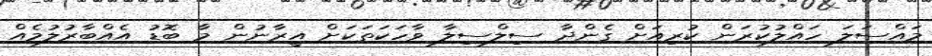
މައްސަލަ ހައްލުކުރަން ކުރިއަށް ގެންދާ ސިލްސިލާ ވާހަކަތަކަށް އީރާނުން މާ ބޮޑު އެއްބާރުލުމެއް